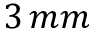
3 \, m m